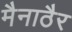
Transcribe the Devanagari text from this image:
मैनाठैर